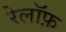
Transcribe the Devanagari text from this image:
रेलॉफ़